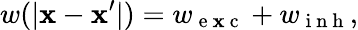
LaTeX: w(\lvert\mathbf{x}-\mathbf{x}^{\prime}\rvert)=w_{\mathrm{{~e~\mathbf{x}~c~}}}+w_{\mathrm{{~i~n~h~}}},